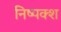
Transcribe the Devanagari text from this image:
निष्पक्श